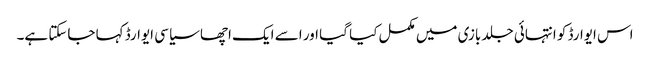
اس ایوارڈ کو انتہائی جلد بازی میں مکمل کیا گیا اور اسے ایک اچھا سیاسی ایوارڈ کہا جاسکتا ہے۔